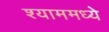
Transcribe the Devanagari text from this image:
श्याममध्ये